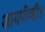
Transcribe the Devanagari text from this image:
आयपीव्ही४